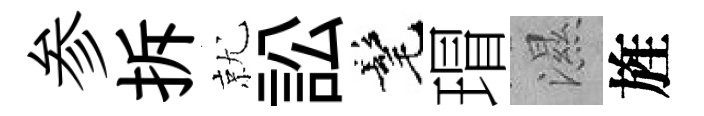
参拆就訟髦瑁濕旌